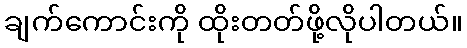
ချက်ကောင်းကို ထိုးတတ်ဖို့လိုပါတယ်။